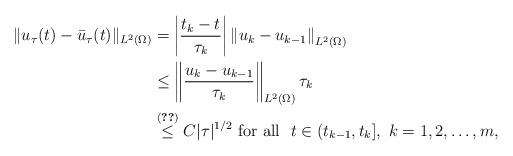
LaTeX: \begin{align*} \|u_\tau(t) - \bar u_\tau(t)\|_{L^2(\Omega)}&= \left|\dfrac{t_k-t}{\tau_k}\right|\left\| u_k - u_{k-1} \right\|_{L^2(\Omega)}\\&\leq \left\| \dfrac{u_k - u_{k-1}}{\tau_k}\right\|_{L^2(\Omega)} \tau_k\\&\stackrel{\eqref{ei-dsc}}\leq C |\tau|^{1/2}\mbox{ for all } \ t \in (t_{k-1}, t_k], \ k = 1,2,\ldots,m,\end{align*}